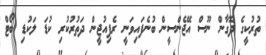
ތުރުކީގެ ދޮގާން ނޫސް އޭޖެންސީން ބުނެފައިވަނީ ރެފިއުޖީން ދަތުރުކުރި ކުޑަ ލަކުޑި ބޯޓް